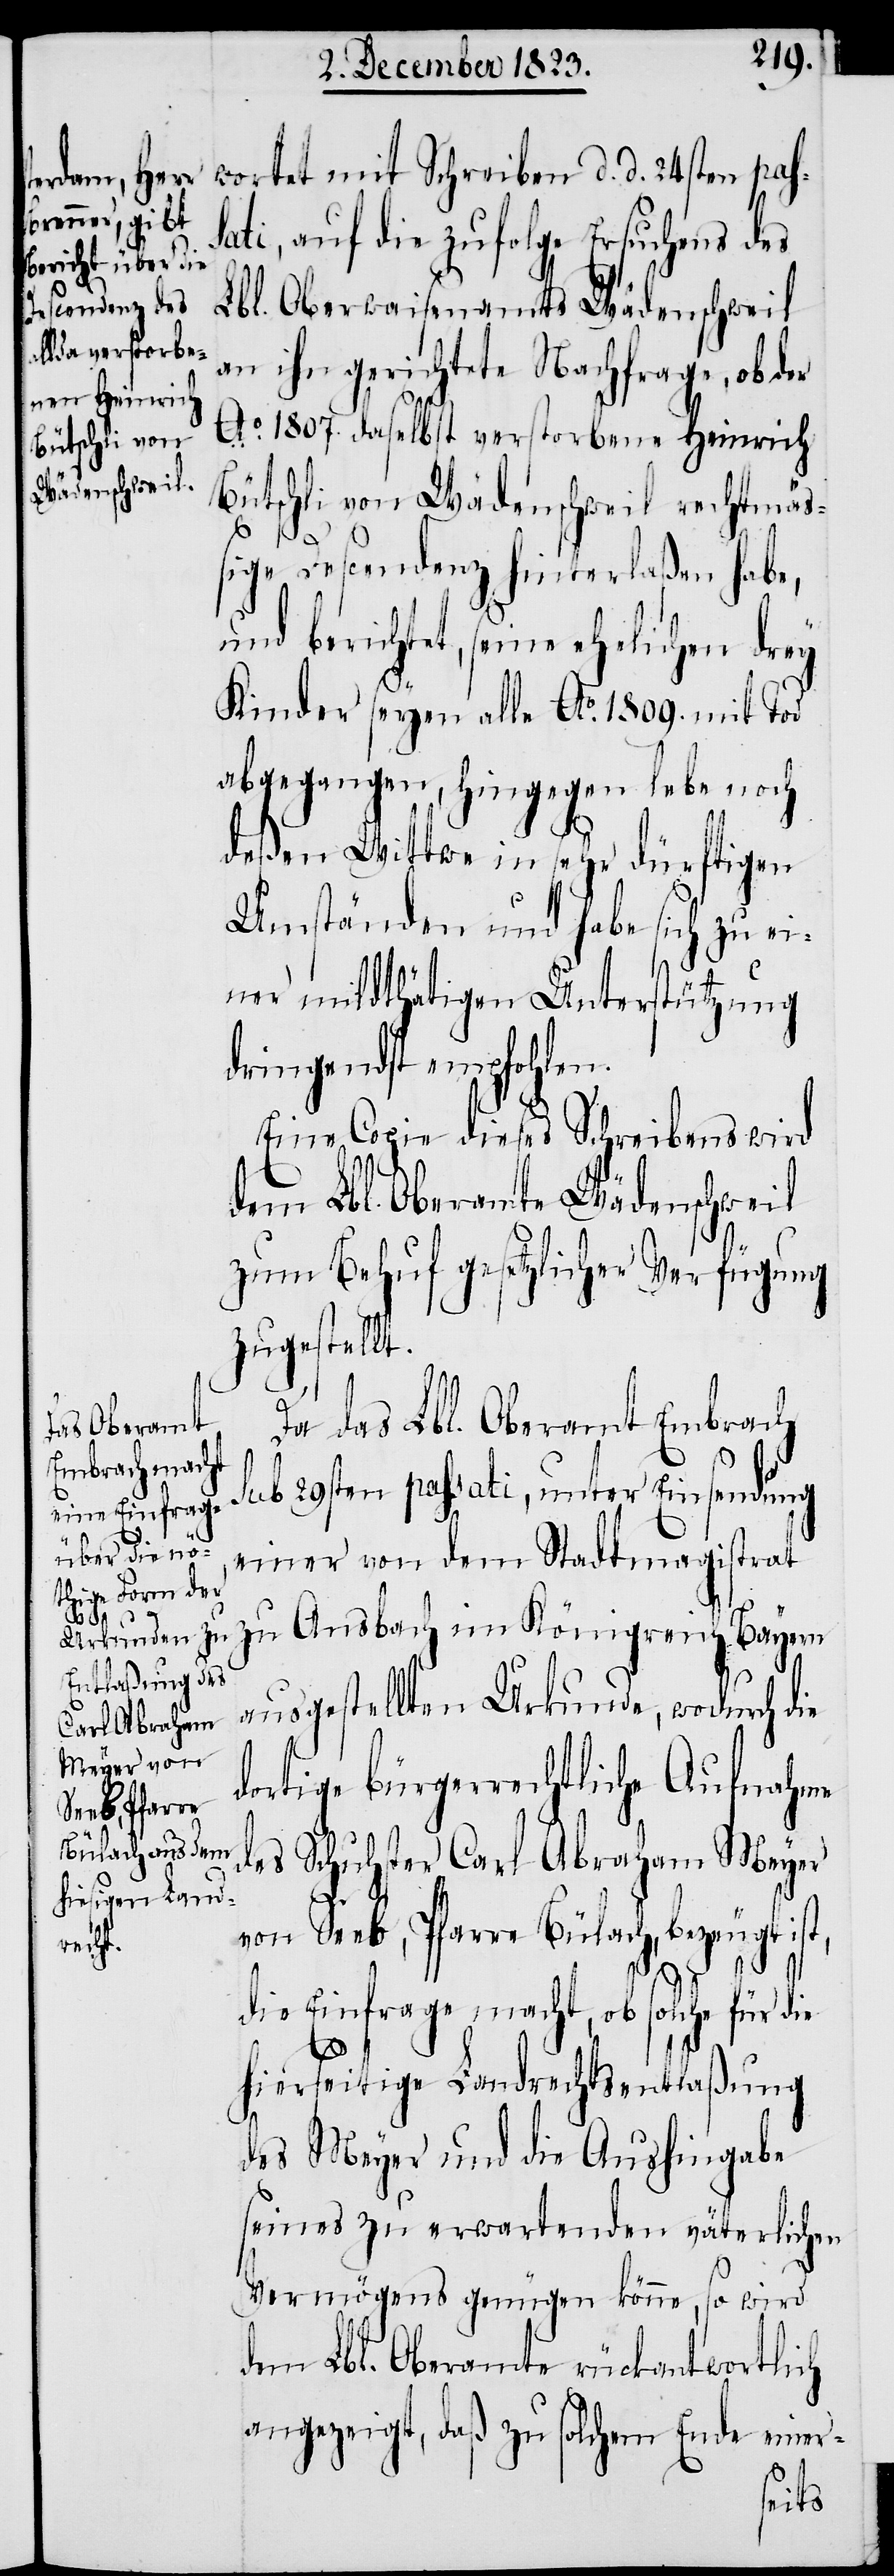
wortet mit Schreiben d. d. 24sten pas¬
sati, auf die zufolge Ersuchens des
Lbl. Oberwaisenamts Wädenschweil
an ihn gerichtete Nachfrage, ob der
Ao. 1807. daselbst verstorbene Heinrich
Bütschli von Wädenschweil rechtmäß¬
ige Descendenz hinterlaßen habe,
und berichtet, seine ehelichen drey
Kinder seyen alle Ao. 1809. mit Tod
abgegangen, hingegen lebe noch
deßen Wittwe in sehr dürftigen
Umständen und habe sich zu ei¬
ner mildthätigen Unterstützung
dringendst empfohlen.
Eine Copie dieses Schreibens wird
dem Lbl. Oberamte Wädenschweil
zum Behuf gesetzlicher Verfügung
zugestellt.
Da das Lbl. Oberamt Embrach
sub 29sten passati, unter Einsendung
einer von dem Stadtmagistrat
zu Ansbach im Königreich Bayern
ausgestellten Urkunde, wodurch die
dortige bürgerrechtliche Aufnahme
des Schuhster Carl Abraham Meyer
von Seeb, Pfarre Bülach, bezeugt ist,
die Einfrage macht, ob solche für die
hierseitige Landrechtsentlaßung
des Meyer und die Aushingabe
seines zu erwartenden väterlichen
Vermögens genügen könne, so wird
dem Lbl. Oberamte rückantwortlich
angezeigt, daß zu solchem Ende einer-